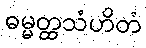
ဓမ္မတ္ထသံဟိတံ